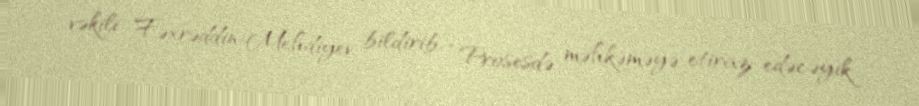
vəkili Fəxrəddin Mehdiyev bildirib: “Prosesdə məhkəməyə etiraz edəcəyik.